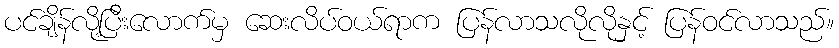
ပင်ချိန်လို့ပြီးလောက်မှ ဆေးလိပ်ဝယ်ရာက ပြန်လာသလိုလိုနှင့် ပြန်ဝင်လာသည်။